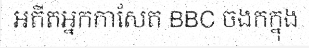
អតីតអ្នកកាសែត BBC ចងកក្នុង